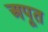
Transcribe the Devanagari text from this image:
अपूत